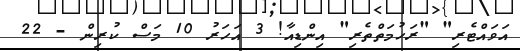
އަވައްޓެރި" "ރަހުމަތްތެރި" އިންޑިއާ! 3 އަހަރު 10 މަސް ކުރިން - 22